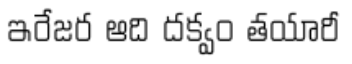
ఇరేజర ఆది దక్వం తయారీ